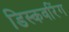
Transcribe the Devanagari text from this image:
डिस्कवरिंग